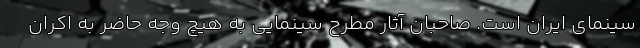
سینمای ایران است. صاحبان آثار مطرح سینمایی به هیچ وجه حاضر به اکران